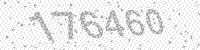
Solution: 176460